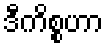
ဒီကိစ္စဟာ